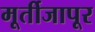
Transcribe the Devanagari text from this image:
मूर्तीजापूर